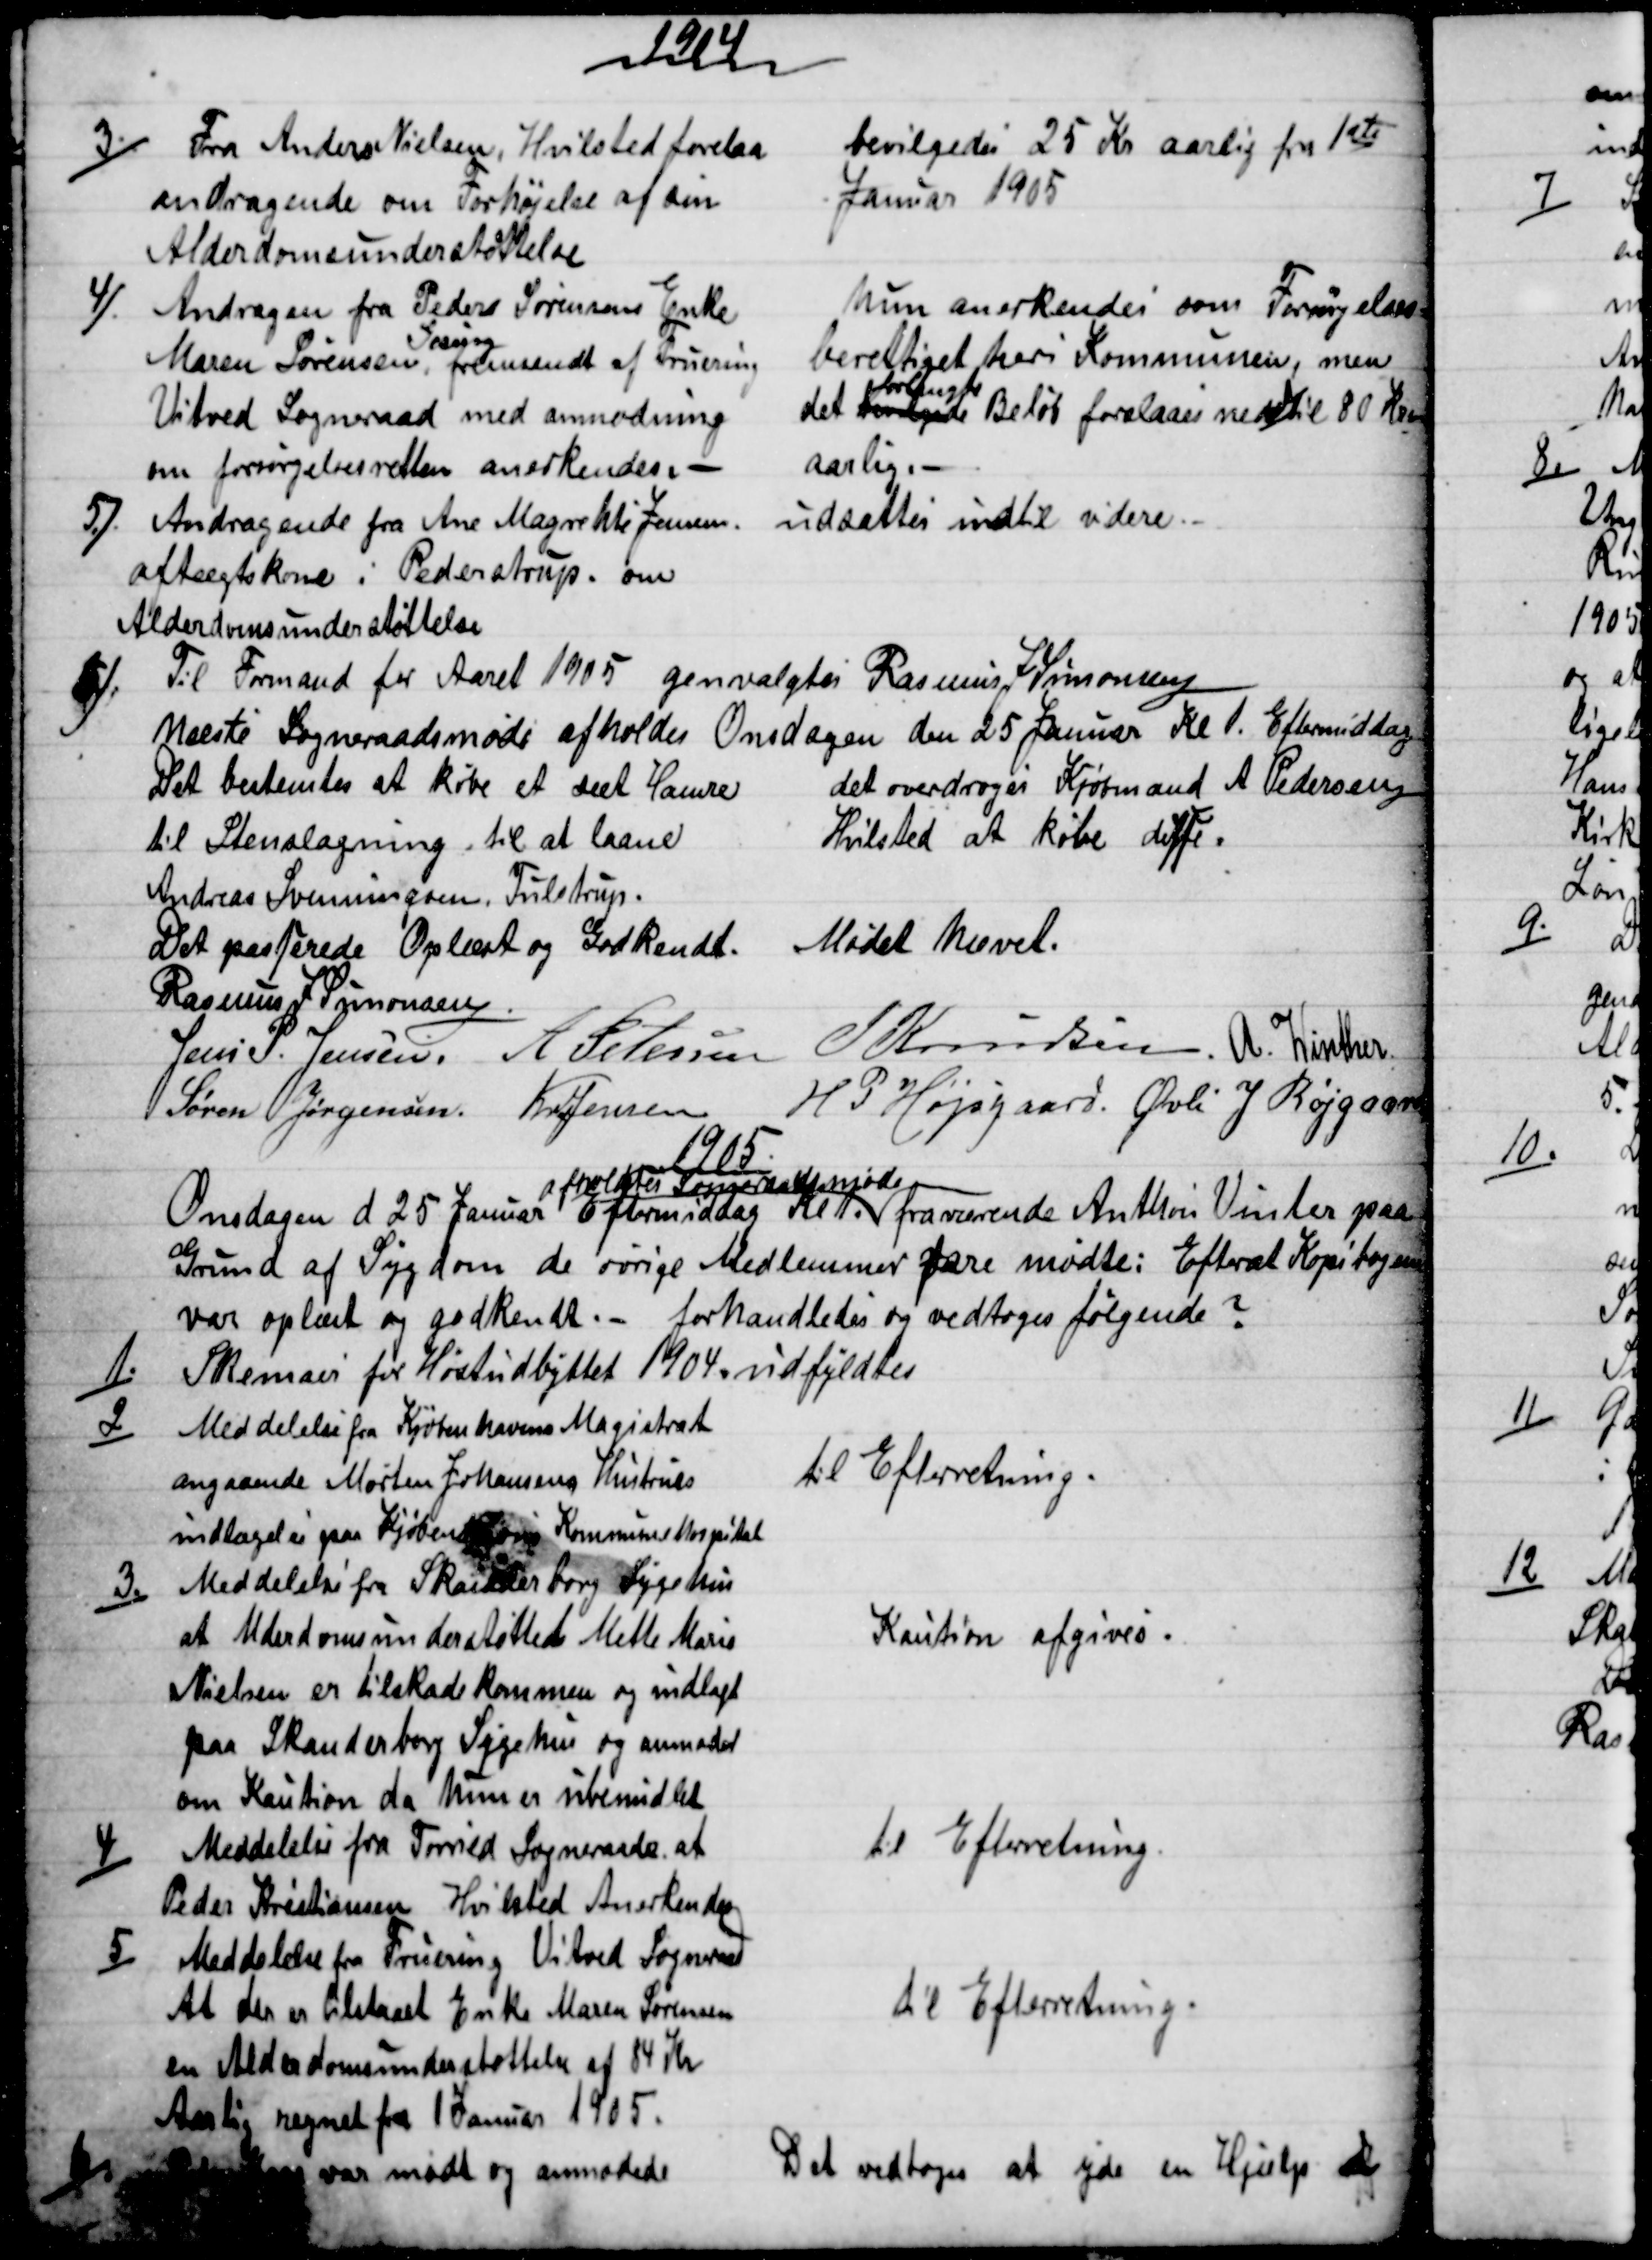
Transskription:
1904
3)
Fra Anders Nielsen, Hvilsted forelaa
andragende om Forhøjelse af sin
Alderdomsunderstøttelse
bevilgedes 25 Kr aarlig fra 1ste 
Januar 1905
4)
Andragen fra Peder Sørensens Enke
Maren Sørensen, 
Gesing
fremsendt af Fruering
Vitved Sogneraad med anmodning
om forsørgelsesretten anerkendes. 
hun anerkendes som Forsørgelses=
berettiget heri Kommunen, men
det bevilgede 
forlangte
Beløb forslaaes nedsat til 80 Kron
aarlig
5).
Andragende fra Ane Magrehte Jensen.
aftægtskone i Pederstrup. om
Alderdomsunderstøttelse
udsattes indtil videre. 
6)
Til Formand for Aaret 1905 genvalgtes Rasmus J Simonsen
Næste Sogneraadsmøde afholdes Onsdagen den 25 Januar Kl. 1. Eftermiddag
Det bestemtes at købe et sæt Hamre
til Stenslagning til at laane
Andreas Svenningsen, Tulstrup.
det overdroges Kjøbmand A Pedersen
Hvilsted at købe dette.
Det passerede Oplæst og Godkendt.
Mødet hævet.
Rasmus J. Simonsen
Jens P. Jensen. A Petersen
J Knudsen A. Winther.
Søren Jørgensen. Kr Jensen
H. P. Højsgaard. Øvli J Røjgaard
1905
Onsdagen d 25 Januar Eftermiddag Kl 1. 
afholdtes Sogneraadsmøde
fraværende Anthon Vinter paa
Grund af Sygdom de øvrige Medlemmer vare mødte: Efterat Kopibogen
var oplæst og godkendt. - forhandledes og vedtoges følgende ?
1.)
Skemaer for Høstudbyttet 1904. udfyldtes
2)
Meddelelse fra Kjøbenhavns Magistrat
angaaende Morten Johansens Hustrues
indlægelse paa Kjøbenhavns Kommunehospital
til Efterretning.
3.)
Meddelelse fra Skanderborg Sygehus
at Alderdomsunderstøttede Mette Marie
Nielsen er tilskadekommen og indlagt
paa Skanderborg Sygehus og anmoder
om Kaution da hun er ubemidlet
Kaution afgives.
4)
Meddelelse fra Torrild Sogneraade at
Peder Kristiansen Hvilsted Anerkendes
til Efterretning.
5)
Meddelelse fra Fruering Vitved Sogneraad
At der er tilstaaet Enke Maren Sørensen
en Alderdomsunderstøttelse af 84 Kr
Aarlig regnet fra 1 Januar 1905.
til Efterretning.
6)
Peter Kaae var mødt og anmodede
Det vedtoges at yde en Hjælp i